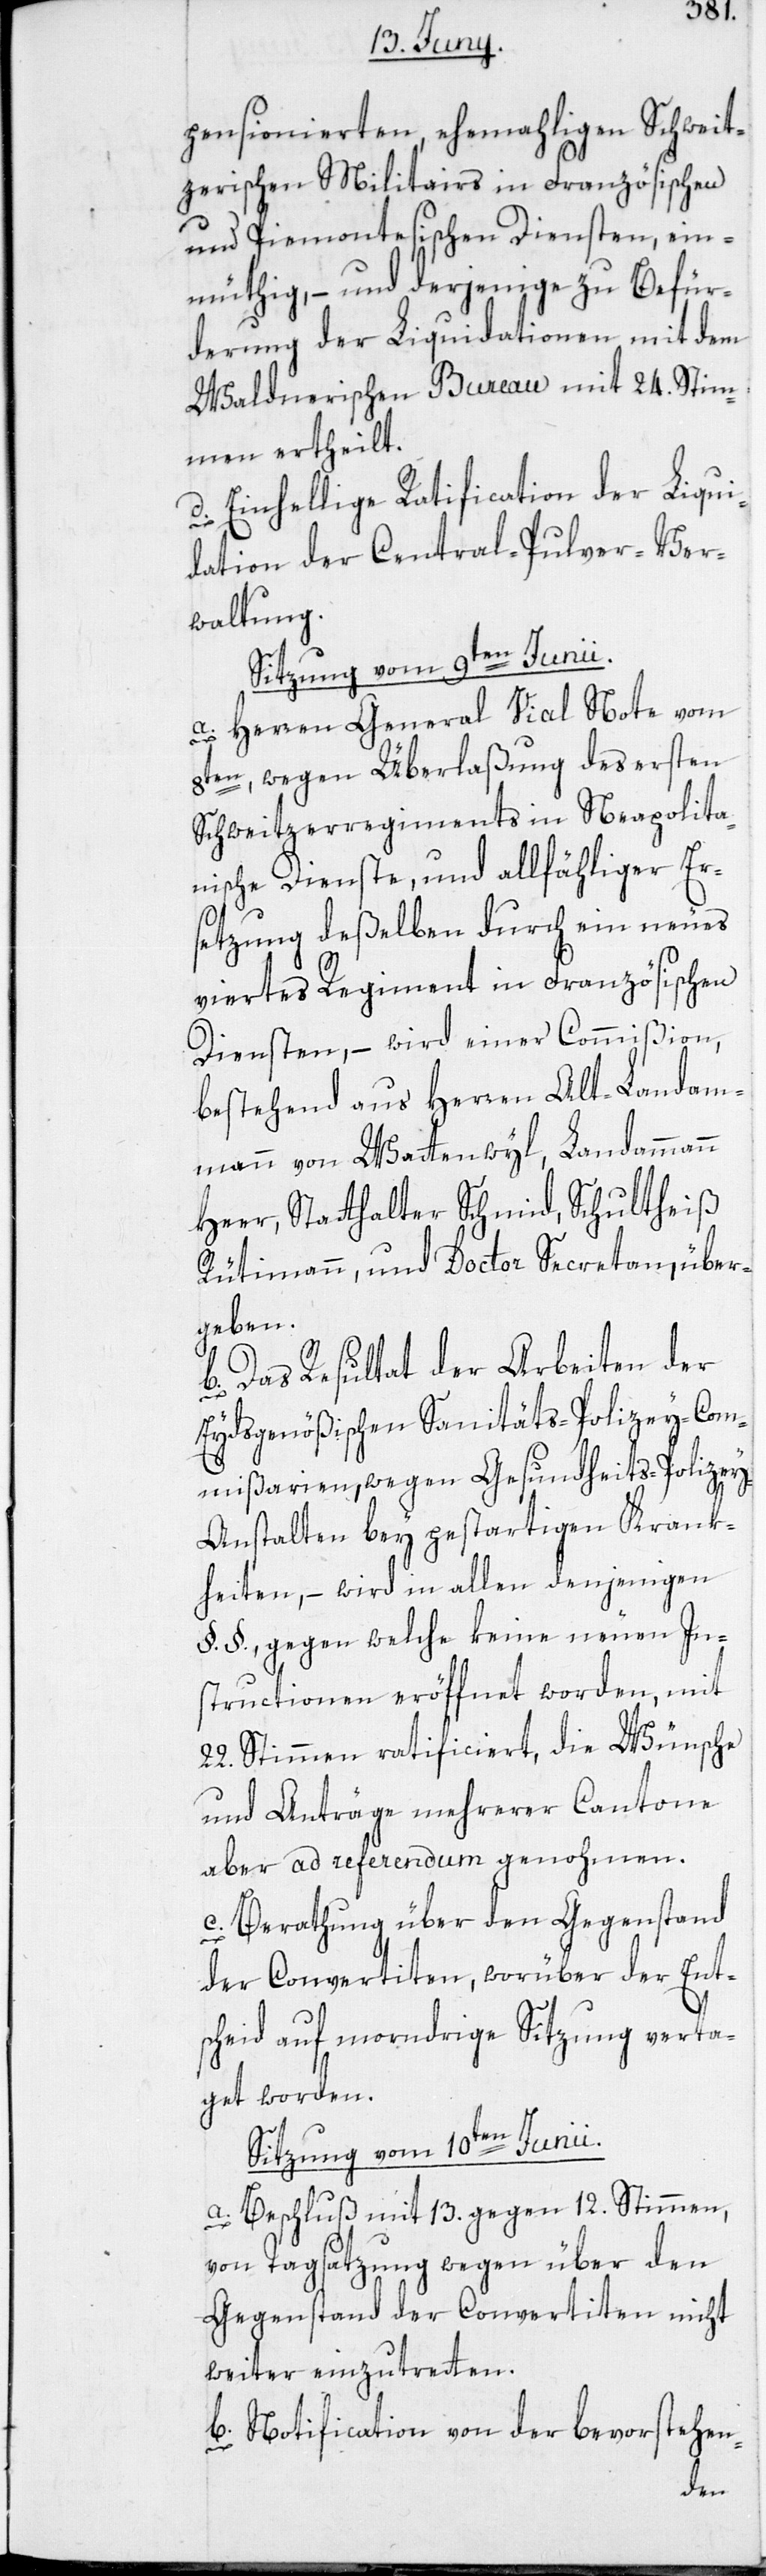
pensionierten, ehemahligen Schweit¬
zerischen Militairs in Französischen
und Piemontesischen Diensten, ein¬
müthig, – und derjenige zu Befür¬
derung der Liquidationen mit dem
Waldnerischen Bureau mit 24. Stim¬
men ertheilt.
d. Einhellige Ratification der Liqui¬
dation der Central-Pulver-Ver¬
waltung.
Sitzung vom 9ten Junii.
a. Herren General Vial Note vom
8ten, wegen Überlaßung des ersten
Schweitzerregiments in Neapolita¬
nische Dienste, und allfähliger Er¬
setzung deßelben durch ein neues
viertes Regiment in Französischen
Diensten, – wird einer Commißion,
bestehend aus Herren Alt-Landam¬
mann von Wattenwyl, Landammann
Heer, Statthalter Schmid, Schultheiß
Rütimann, und Doctor Secretan, über¬
geben.
b. Das Resultat der Arbeiten der
Eydsgenößischen Sanitäts-Polizey-Com¬
mißarien, wegen Gesundheits-Polize¬
y-Anstalten bey pestartigen Krank¬
heiten, – wird in allen denjenigen
§.§., gegen welche keine neuen In¬
structionen eröffnet worden, mit
22. Stimmen ratificiert, die Wünsche
und Anträge mehrerer Cantone
aber ad referendum genohmen.
c. Berathung über den Gegenstand
der Convertiten, worüber der Ent¬
scheid auf morndrige Sitzung verta¬
get worden.
Sitzung vom 10ten Junii.
a. Beschluß mit 13. gegen 12. Stimmen,
von Tagsatzung wegen über den
Gegenstand der Convertiten nicht
weiter einzutretten.
b. Notification von der bevorstehen-